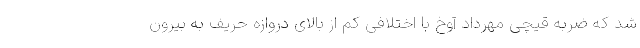
شد که ضربه قیچی مهرداد آوخ با اختلافی کم از بالای دروازه حریف به بیرون